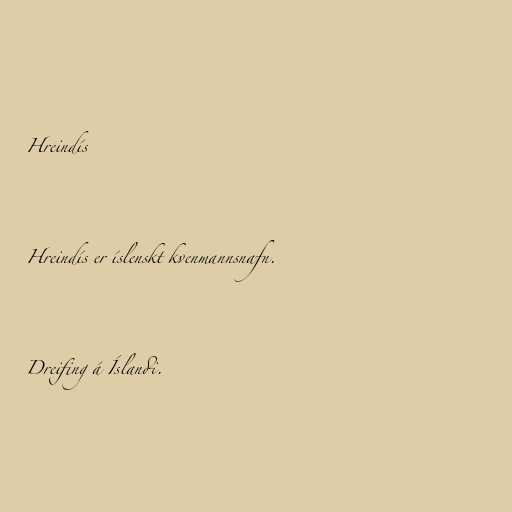
Hreindís

Hreindís er íslenskt kvenmannsnafn.

Dreifing á Íslandi.